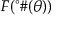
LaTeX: F ( ^ { \circ } \# ( \theta ) )